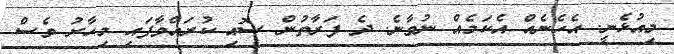
މިއުޅެނީ. އެހެނެއް އެކަމެއް ނުވާނެ. ދެ ފަރާތުން ސޮއި ކުރައްވާފައި މިހާރު ވެސް